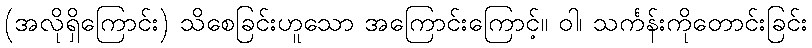
(အလိုရှိကြောင်း) သိစေခြင်းဟူသော အကြောင်းကြောင့်။ ဝါ၊ သင်္ကန်းကိုတောင်းခြင်း